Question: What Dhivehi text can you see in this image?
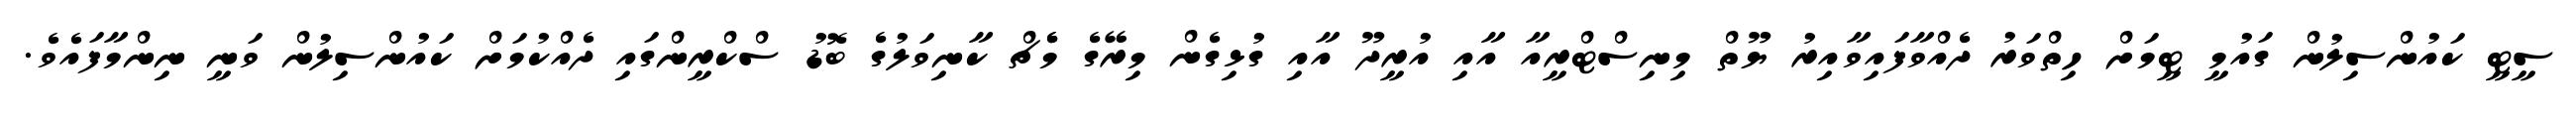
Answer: ސީޓީ ކައުންސިލުން ގައުމީ ޓީމަށް ހިތްވަރު ދެއްވާފައިވާއިރު ޔޫތް މިނިސްޓްރީއާ އާއި އުރީދޫ އާއި ގުޅިގެން މިރޭގެ މެެޗް ކާނިވަލުގެ ބޮޑު ސްކްރީންގައި ދެއްކުމަށް ކައުންސިލުން ވަނީ ނިންމާފައެވެ.